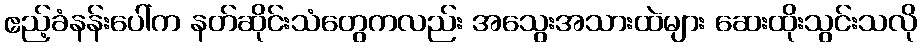
ဧည့်ခံနန်းပေါ်က နတ်ဆိုင်းသံတွေကလည်း အသွေးအသားထဲများ ဆေးထိုးသွင်းသလို